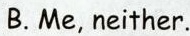
B.Me, neither.